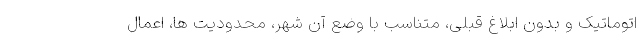
اتوماتیک و بدون ابلاغ قبلی، متناسب با وضع آن شهر، محدودیت ها، اعمال